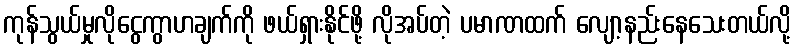
ကုန်သွယ်မှုလိုငွေကွာဟချက်ကို ဖယ်ရှားနိုင်ဖို့ လိုအပ်တဲ့ ပမာဏထက် လျော့နည်းနေသေးတယ်လို့